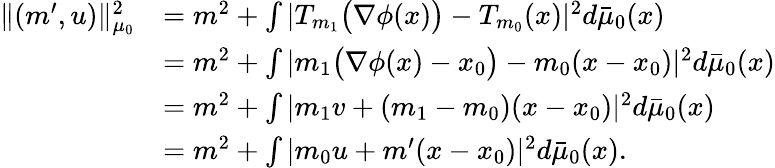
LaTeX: \begin{array}{rl}{\Vert(m^{\prime},u)\Vert_{\mu_{0}}^{2}}&{=m^{2}+\int\vert T_{m_{1}}\big(\nabla\phi(x)\big)-T_{m_{0}}(x)\vert^{2}d\bar{\mu}_{0}(x)}\\ &{=m^{2}+\int\vert m_{1}\big(\nabla\phi(x)-x_{0}\big)-m_{0}(x-x_{0})\vert^{2}d\bar{\mu}_{0}(x)}\\ &{=m^{2}+\int\vert m_{1}v+(m_{1}-m_{0})(x-x_{0})\vert^{2}d\bar{\mu}_{0}(x)}\\ &{=m^{2}+\int\vert m_{0}u+m^{\prime}(x-x_{0})\vert^{2}d\bar{\mu}_{0}(x).}\end{array}